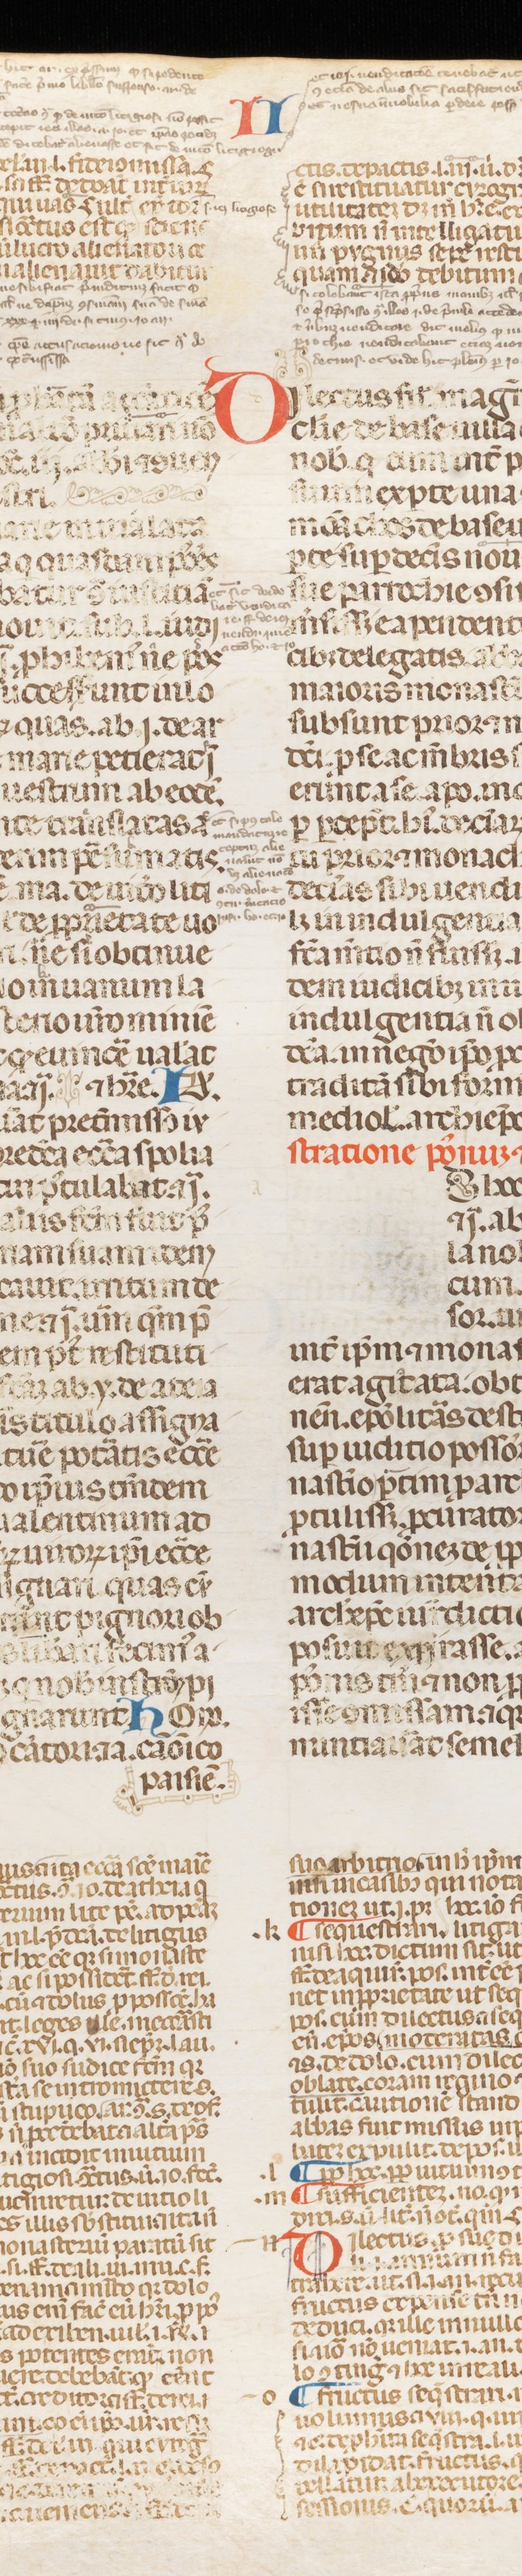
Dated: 1250–1399